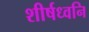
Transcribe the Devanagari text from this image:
शीर्षध्वनि